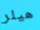
هيلر